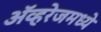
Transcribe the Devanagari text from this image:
ॲव्हरेजमध्ये